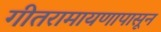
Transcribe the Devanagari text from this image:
गीतरामायणापासून